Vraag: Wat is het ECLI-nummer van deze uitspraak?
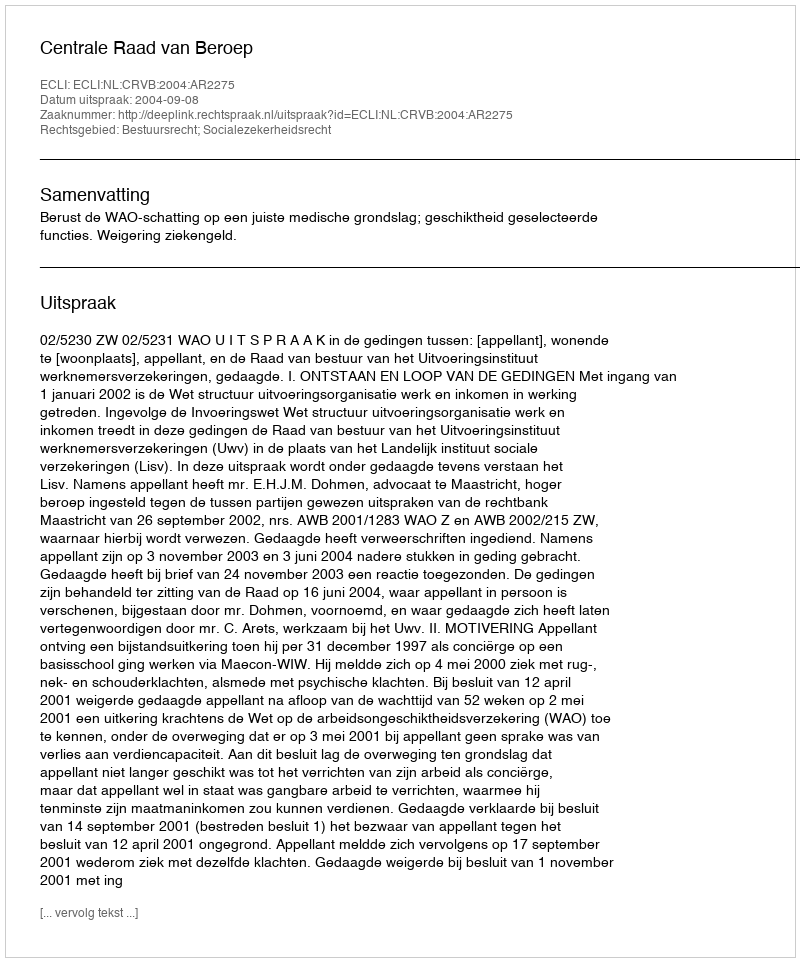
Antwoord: ECLI:NL:CRVB:2004:AR2275